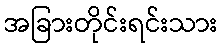
အခြားတိုင်းရင်းသား